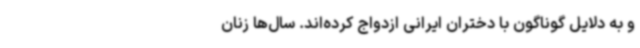
و به دلایل گوناگون با دختران ایرانی ازدواج کرده‌اند. سال‌ها زنان